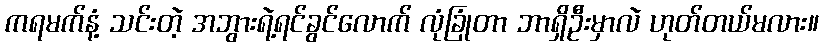
ကရမက်နံ့ သင်းတဲ့ အဘွားရဲ့ရင်ခွင်လောက် လုံခြုံတာ ဘာရှိဦးမှာလဲ ဟုတ်တယ်မလား။